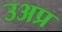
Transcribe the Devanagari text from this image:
उअप्र